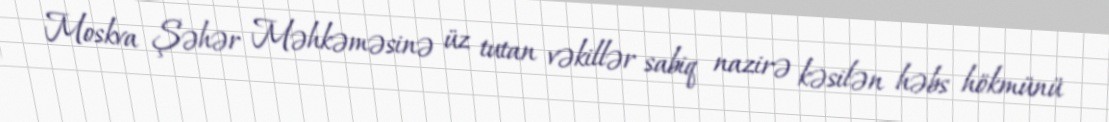
Moskva Şəhər Məhkəməsinə üz tutan vəkillər sabiq nazirə kəsilən həbs hökmünü